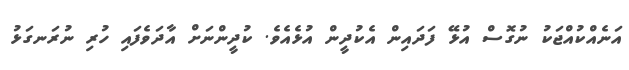
އަނެއްކުއްޖަކު ނުގޮސް އުޅޭ ފަދައިން އެކުދީން އުޅެއެވެ. ކުދީންނަށް އާދަވެފައި ހުރި ނުރަނގަޅު